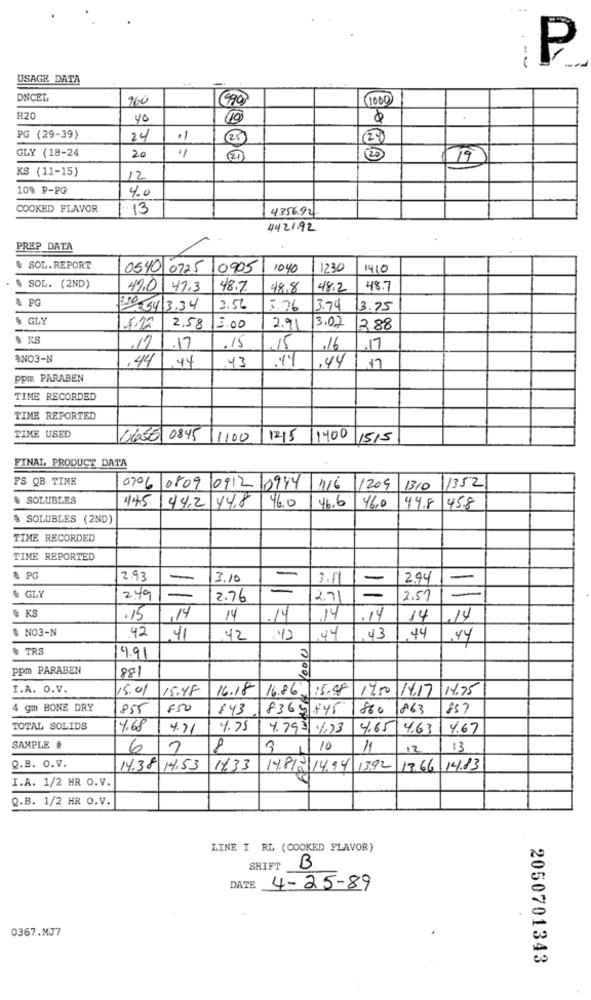
₽
...
USAGE DATA
DNCEL
160
990
(1000
H20
40
(10)
PG (29-39)
24
11
25
20
GLY (18-24
20
*1
20
19
KS (11-15)
12
10% P-PG
4.0
COOKED FLAVOR
.. 13
4356.92.
4421.92
PREP DATA
.
SOL. REPORT
0540 0725 0905
1040
1230
1410
. $ SOL. (2ND)
49.0
41.3
48.7
18.8
48.2
48.7
& PG
1.10 34 3.34
3.56
5.76
3.74
3.75
& GLY
5.12
2,58
5.00
2.91
3.02
288
1.17
.15
15
16
.17
SNO3-N
,44
44
43
.44
17
ppm PARABEN
TIME RECORDED
TIME REPORTED
TINE USED
0655 0845
11100
1215 1400
1515
FINAL PRODUCT DATA
FS QB TIME
1352
0706
08090912
0944 1/6
1209
1310
& SOLUBLES
445
44.2 44.8
46.0
46.6
46.0
144.8
458
$ SOLUBLES (2ND)
TIME RECORDED
TIME REPORTED
$ PG
2.93
=
3.10
3.0
2.94
-
=
& GLY
2.49
=
2.76
2.71
2.51
& KS
.15
14
14
.14
14
.14
14
.14
& NO3-N
42
.41
42
.44
.43
.44
& TRS
4.91
ppm PARABEN
881
I.A. O.V.
15.01
15.48
16.18
16.8615.48
12.50
14.17
14.75
4 gm BONE DRY
855
F50
143
8369845
860
863
857
TOTAL SOLIDS
4.68
4.71
4.75
4.7931.73
4.65
14.63
4.67
SAMPLE
6
7
8
10
11
12
13
Q.B. O.V.
14.38 14.53
14.33
14.812/14.94 1392
17.66 14.83
I.A. 1/2 HR O.V.
Q.B. 1/2 HR O.V.
LINE I RL (COOKED FLAVOR)
SHIFT
B
DATE
4-25-89
0367.MJ7
2050701343